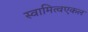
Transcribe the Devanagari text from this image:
स्वामित्वएकल